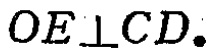
$OE\perp CD.$